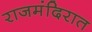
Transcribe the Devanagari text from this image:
राजमंदिरात